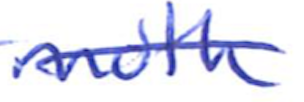
Text: moth
Cross-out: single-line
Writing tool: ballpoint